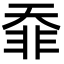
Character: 䨿